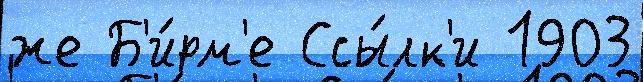
же Б'и́рм'е Ссы́лк'и 1903